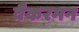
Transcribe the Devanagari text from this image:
वैकरमन